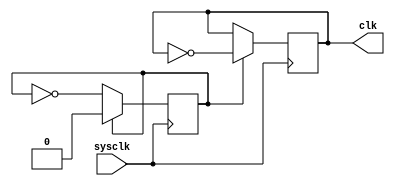
`timescale 1ns/1ps
//2013011076 Wang Han
//This CPU is now working at 25MHz

module clk_gen(sysclk,clk);
	input sysclk;
	output clk;
	reg clk;
	reg counter;
	initial begin
		clk<=0;
		counter<=0;
	end
	always@(posedge sysclk)
	begin
		if (counter)
			begin
				counter<=0;
				clk<=~clk;
			end
		else
			counter<=~counter;
	end
endmodule